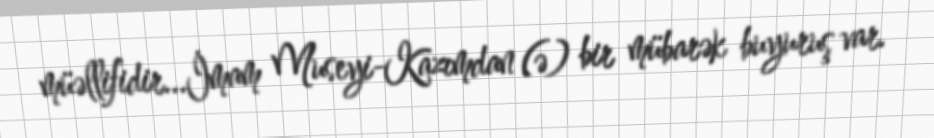
müəllifidir...İmam Museyi-Kazımdan (ə) bir mübarək buyuruş var.